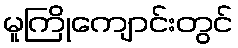
မူကြိုကျောင်းတွင်